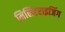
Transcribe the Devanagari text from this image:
मिलिटराइजिंग